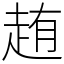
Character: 䞥